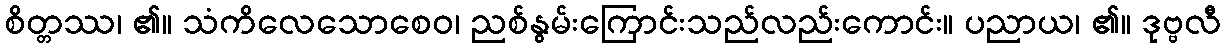
စိတ္တဿ၊ ၏။ သံကိလေသောစေဝ၊ ညစ်နွမ်းကြောင်းသည်လည်းကောင်း။ ပညာယ၊ ၏။ ဒုဗ္ဗလီ